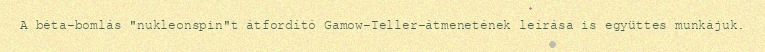
A béta-bomlás "nukleonspin"t átfordító Gamow-Teller-átmenetének leírása is együttes munkájuk.